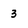
Character: 3